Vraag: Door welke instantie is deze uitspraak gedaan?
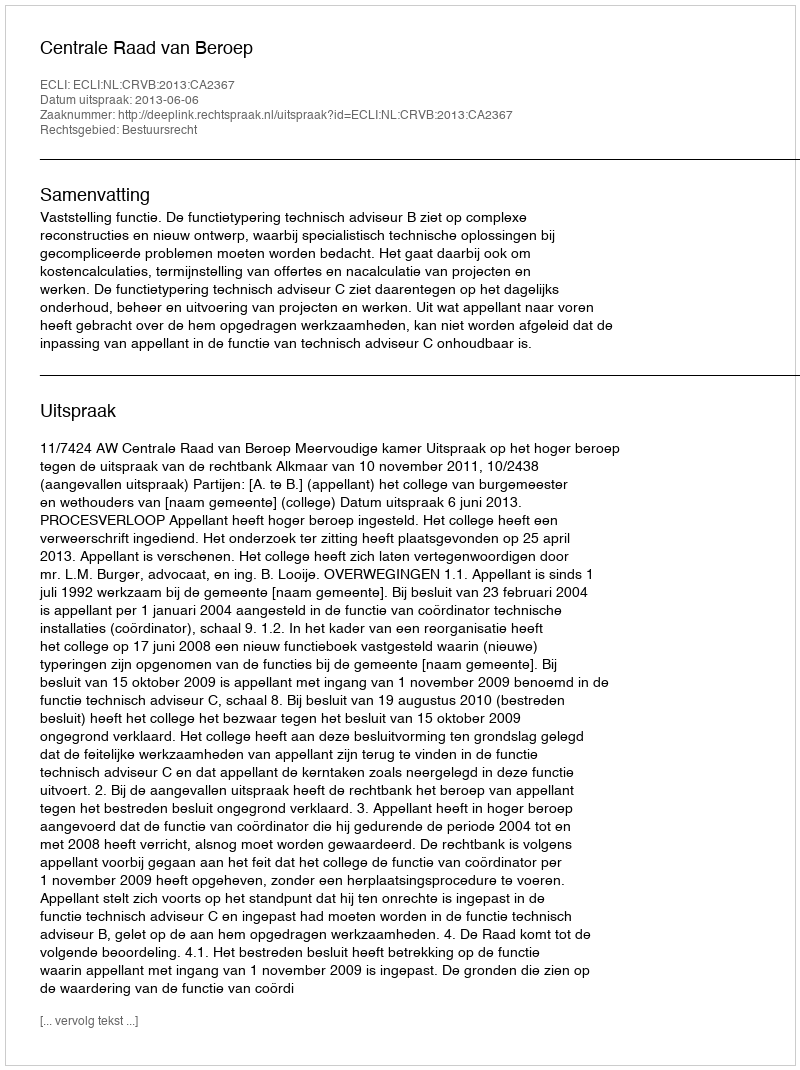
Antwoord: Centrale Raad van Beroep